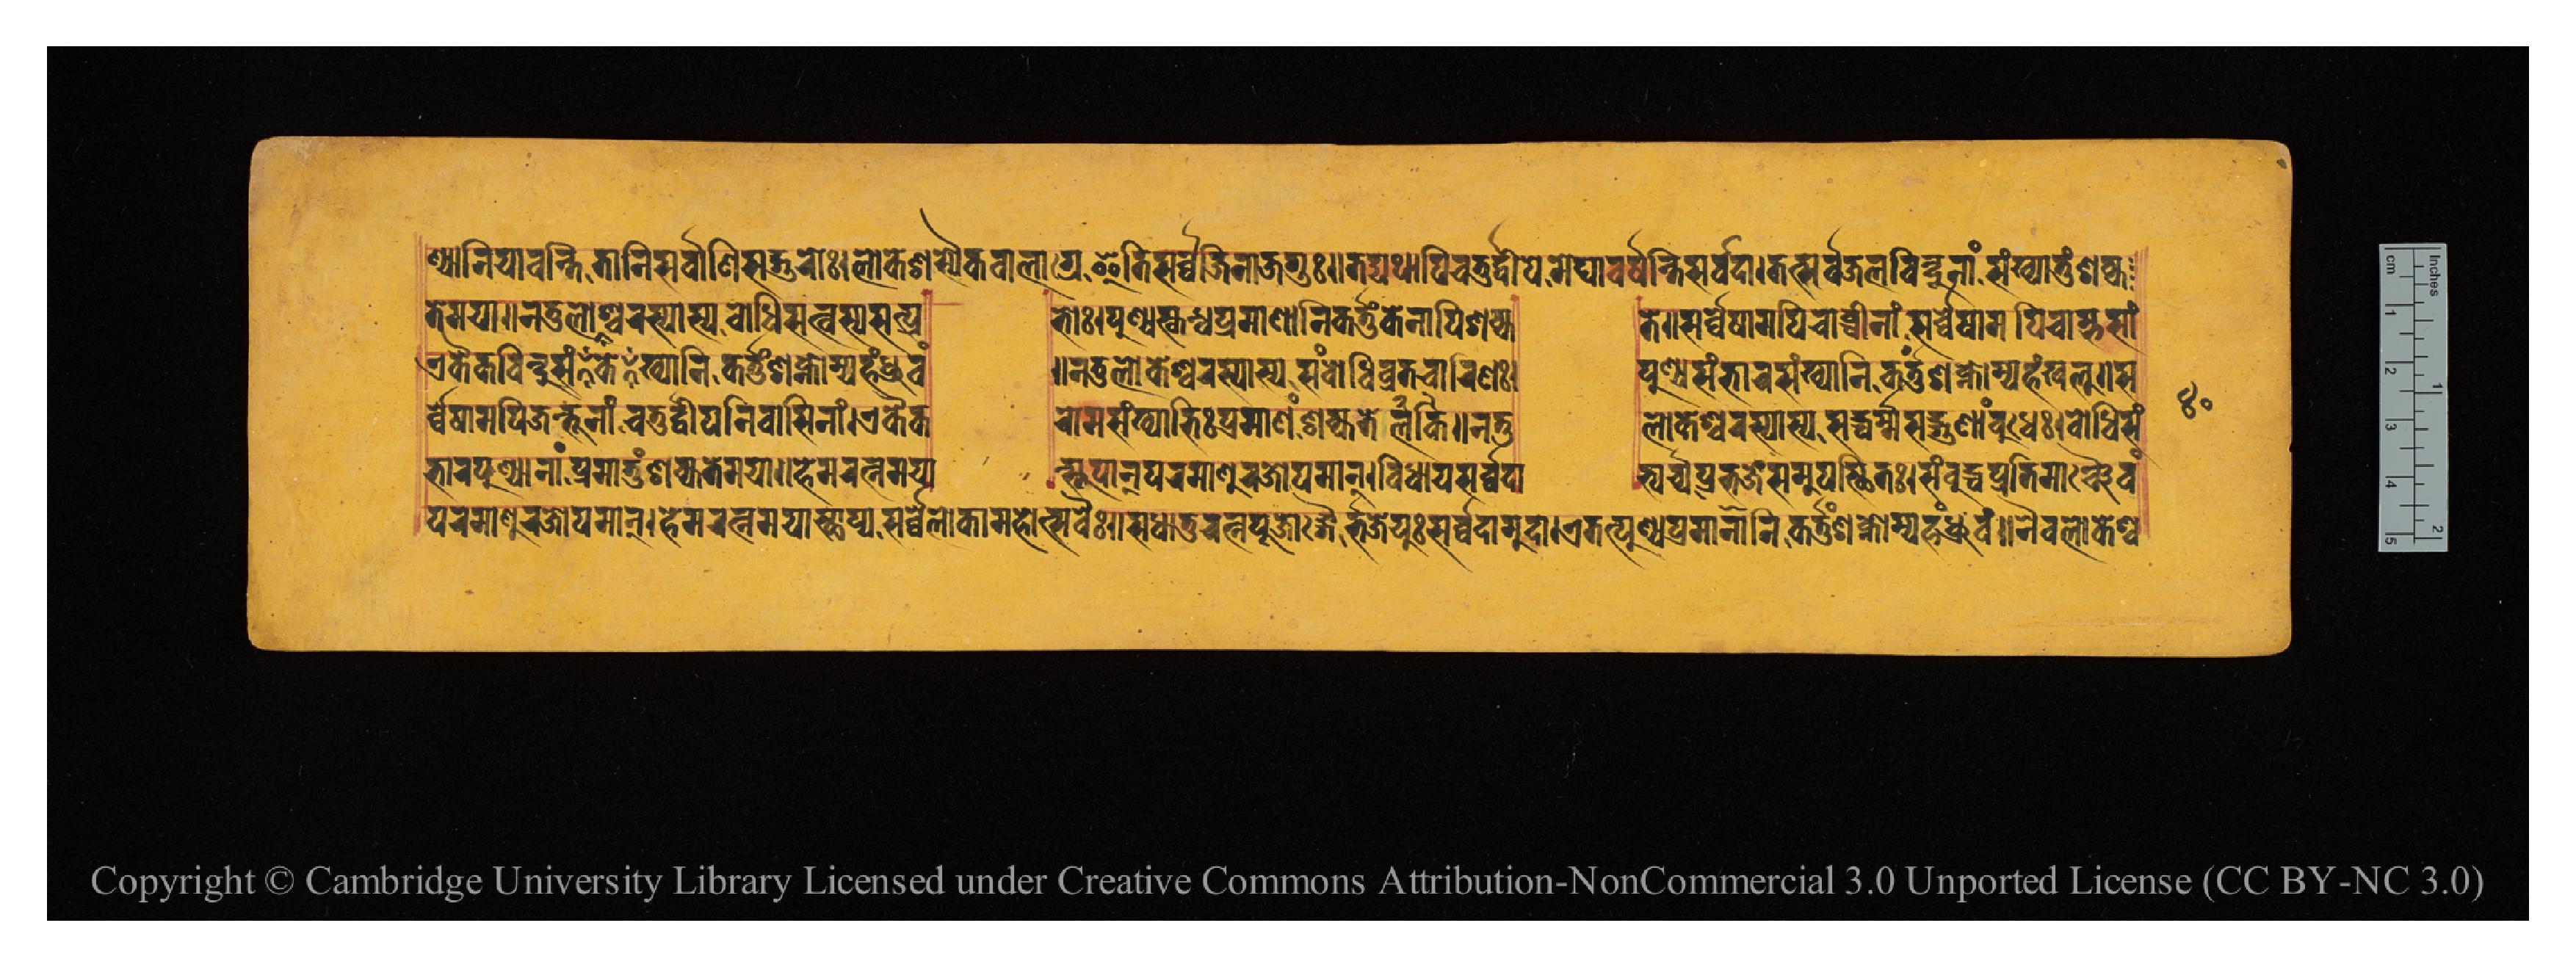
𑐞𑑂𑐫𑐵𑐣𑐶𑐫𑐵𑐰𑐣𑑂𑐟𑐶𑐟𑐵𑐣𑐶𑐳𑐬𑑂𑐰𑑂𑐰𑐵𑐞𑐶𑐳𑐡𑑂𑐐𑐸𑐬𑑀𑑅𑑋𑐮𑑀𑐎𑐾𑐱𑑂𑐳𑑂𑐫𑐿𑐎𑐰𑐵𑐮𑐵𑐐𑑂𑐬𑐾𑐂𑐟𑐶𑐳𑐬𑑂𑐰𑑂𑐰𑐾𑐖𑐶𑐣𑐵𑐖𑐐𑐸𑑅𑑌𑐟𑐡𑑂𑐫𑐠𑐵𑐥𑐶𑐔𑐟𑐸𑐬𑑂𑐡𑑂𑐰𑐷𑐥𑐾𑐩𑐾𑐑𑐵𑐰𑐬𑑂𑐲𑐣𑑂𑐟𑐶𑐳𑐬𑑂𑐰𑑂𑐰𑐡𑐵𑑋𑐟𑐟𑑂𑐳𑐬𑑂𑐰𑑂𑐰𑐖𑐮𑐧𑐶𑐣𑑂𑐡𑐹𑐣𑐵𑑄𑐳𑑄𑐏𑑂𑐫𑐵𑐟𑐸𑑄𑐱𑐎𑑂𑐫 𑐟𑐾𑐩𑐫𑐵𑑌𑐣𑐟𑐸𑐮𑑀𑐎𑐾𑐱𑑂𑐰𑐬𑐳𑑂𑐫𑐵𑐳𑑂𑐫𑐧𑑀𑐢𑐶𑐳𑐟𑑂𑐰𑐳𑑂𑐫𑐳𑐟𑑂𑐥𑑂𑐬  𑐨𑑀𑑅𑑋𑐥𑐸𑐞𑑂𑐫𑐳𑑂𑐎𑐣𑑂𑐢𑐥𑑂𑐬𑐩𑐵𑐞𑐵𑐣𑐶𑐎𑐬𑑂𑐟𑐸𑑄𑐎𑐾𑐣𑐵𑐥𑐶𑐱𑐎𑑂𑐫  𑐟𑐾𑑌𑐳𑐬𑑂𑐰𑑂𑐰𑐲𑐵𑐩𑐥𑐶𑐔𑐵𑐧𑑂𑐢𑐷𑐞𑐵𑑄𑐳𑐬𑑂𑐰𑑂𑐰𑐾𑐲𑐵𑐩𑐥𑐶𑐔𑐵𑐩𑑂𑐨𑐳𑐵𑑄 𑐊𑐎𑐿𑐎𑐧𑐶𑐣𑑂𑐢𑐸𑐳𑑄𑐏𑑂𑐫𑐵𑐣𑐶𑐎𑐬𑑂𑐟𑐸𑑄𑐱𑐎𑑂𑐣𑑀𑐩𑑂𑐫𑐴𑑄𑐢𑑂𑐬𑐸𑐰𑑄  𑑌𑐣𑐟𑐸𑐮𑑀𑐎𑐾𑐱𑑂𑐰𑐬𑐳𑑂𑐫𑐵𑐳𑑂𑐫𑐳𑑄𑐧𑑀𑐢𑐶𑐰𑑂𑐬𑐟𑐔𑐵𑐬𑐶𑐞𑑅𑑋  𑐥𑐸𑐞𑑂𑐫𑐳𑑄𑐨𑐵𑐬𑐳𑑄𑐏𑑂𑐫𑐵𑐣𑐶𑐎𑐬𑑂𑐟𑐸𑑄𑐱𑐎𑑂𑐣𑑀𑐩𑑂𑐫𑐴𑑄𑐏𑐮𑐸𑑌𑐳 𑐬𑑂𑐰𑑂𑐰𑐾𑐲𑐵𑐩𑐥𑐶𑐖𑐣𑑂𑐟𑐹𑐣𑐵𑐘𑑂𑐔𑐟𑐸𑐬𑑂𑐡𑑂𑐰𑐷𑐥𑐣𑐶𑐰𑐵𑐳𑐶𑐣𑐵𑑄𑑋𑐊𑐎𑐿𑐎  𑐬𑑀𑐩𑐳𑑄𑐏𑑂𑐫𑐵𑐨𑐶𑑅𑐥𑑂𑐬𑐩𑐵𑐞𑑄𑐱𑐎𑑂𑐫𑐟𑐾𑐮𑐎𑐶𑑌𑐣𑐟𑐸  𑐮𑑀𑐎𑐾𑐱𑑂𑐰𑐬𑐳𑑂𑐫𑐵𑐳𑑂𑐫𑐳𑐡𑑂𑐢𑐬𑑂𑐩𑑂𑐩𑐳𑐡𑑂𑐐𑐸𑐞𑐵𑐩𑑂𑐧𑐸𑐢𑐾𑑅𑑋𑐧𑑀𑐢𑐶𑐳𑑄 𑐨𑐵𑐬𑐥𑐸𑐞𑑂𑐫𑐵𑐣𑐵𑑄𑐥𑑂𑐬𑐩𑐵𑐟𑐸𑑄𑐱𑐎𑑂𑐫𑐟𑐾𑐩𑐫𑐵𑑌𑐴𑐾𑐩𑐬𑐟𑑂𑐣𑐩𑐫𑐵  𑐣𑑂𑐳𑑂𑐟𑐹𑐥𑐵𑐣𑑂𑐥𑐬𑐩𑐵𑐞𑐸𑐬𑐖𑑀𑐥𑐩𑐵𑐣𑑂𑑋𑐰𑐶𑐢𑐵𑐫𑐳𑐬𑑂𑐰𑑂𑐰𑐡𑐵  𑐨𑑂𑐫𑐬𑑂𑐔𑑂𑐫𑐥𑑂𑐬𑐨𑐖𑐾𑐟𑑂𑐳𑐩𑐸𑐥𑐳𑑂𑐠𑐶𑐟𑑅𑑋𑐳𑑄𑐧𑐸𑐡𑑂𑐢𑐥𑑂𑐬𑐟𑐶𑐩𑐵𑐘𑑂𑐱𑑂𑐔𑐿𑐰𑑄 𑐥𑐬𑐩𑐵𑐞𑐸𑐬𑐖𑑀𑐥𑐩𑐵𑐣𑑂𑑋𑐴𑐾𑐩𑐬𑐟𑑂𑐣𑐩𑐫𑐵𑐣𑑂𑐳𑑂𑐠𑐵𑐥𑑂𑐫𑐳𑐬𑑂𑐰𑑂𑐰𑐾𑐮𑑀𑐎𑐵𑐩𑐴𑑀𑐟𑑂𑐳𑐰𑐿𑑅𑑌𑐳𑐢𑐵𑐟𑐸𑐬𑐟𑑂𑐣𑐥𑐹𑐖𑐵𑑄𑐐𑐿𑐬𑑂𑐨𑐖𑐾𑐫𑐸𑑅𑐳𑐬𑑂𑐰𑑂𑐰𑐡𑐵𑐩𑐸𑐡𑐵𑑋𑐊𑐟𑐟𑑂𑐥𑐸𑐞𑑂𑐫𑐥𑑂𑐬𑐩𑐵𑐞𑐵𑐣𑐶𑐎𑐬𑑂𑐟𑐸𑑄𑐱𑐎𑑂𑐣𑑀𑐩𑑂𑐫𑐴𑑄𑐢𑑂𑐬𑐸𑐰𑑄𑑌𑐣𑐿𑐰𑐮𑑀𑐎𑐾𑐱𑑂𑐰 𑑔𑑐